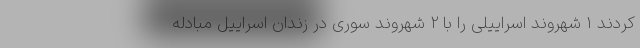
کردند 1 شهروند اسراییلی را با 2 شهروند سوری در زندان اسراییل مبادله